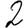
Digit: 2